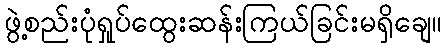
ဖွဲ့စည်းပုံရှုပ်ထွေးဆန်းကြယ်ခြင်းမရှိချေ။